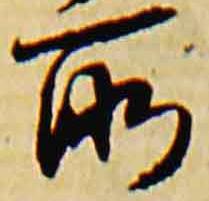
所